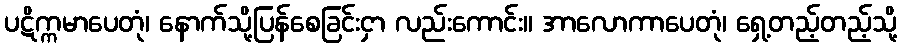
ပဋိက္ကမာပေတုံ၊ နောက်သို့ပြန်စေခြင်းငှာ လည်းကောင်း။ အာလောကာပေတုံ၊ ရှေ့တည့်တည့်သို့